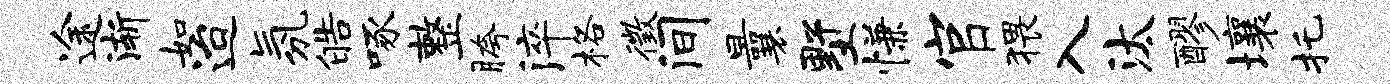
途渐如迨氛皓啄整胯淬格徵间曩墅慊官猥入汰醪壤托